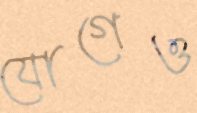
যোগেও